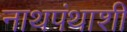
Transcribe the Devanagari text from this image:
नाथपंथाशी